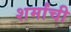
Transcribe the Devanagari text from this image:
शर्मांची